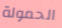
الحمولة